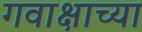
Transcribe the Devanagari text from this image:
गवाक्षाच्या